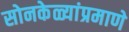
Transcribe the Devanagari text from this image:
सोनकेळ्यांप्रमाणे